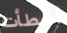
أخطأت